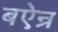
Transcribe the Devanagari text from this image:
बऐन्र